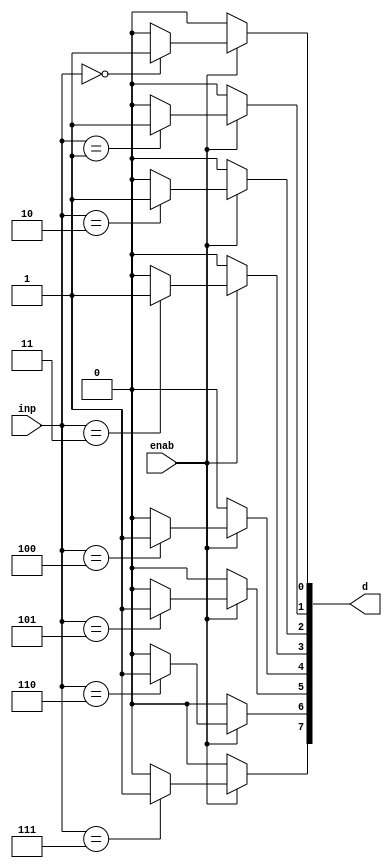
`timescale 1ns / 1ps
//////////////////////////////////////////////////////////////////////////////////
// Company: EE480
// 
// Design Name: 
// Module Name:    dec_param_enab 
// Project Name: 
// Target Devices: 
// Tool versions: 
// Description: 
//
// Dependencies: 
//
// Revision: 
// Revision 0.01 - File Created
// Additional Comments: 
//
//////////////////////////////////////////////////////////////////////////////////
module dec_param_enab(inp, enab, d);
	parameter n=3;
	input [(n-1):0]inp;
	input enab;
	output [((2**n)-1):0]d;
	reg [((2**n)-1):0]d;
	integer i;

	
	always @(inp or enab)
	begin
		if (enab == 1'b0)
		
			for(i=0;i<(2**n);i=i+1) 
			begin
			d[i]=1'b0; //Set zero not high impedance
			end
		
		else
		
		for (i=0;i<(2**n);i=i+1) 
		begin
			if(inp==i)
				d[i]=1;
			else
				d[i]=0;
		
		end
	end

endmodule